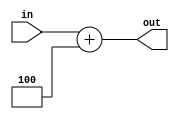

module add4(
	input [31:0]in,
	output reg [31:0]out
);
always@(*)
begin
	out=in+4;
end
initial out=0;
endmodule